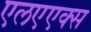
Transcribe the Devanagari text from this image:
एलएएक्स